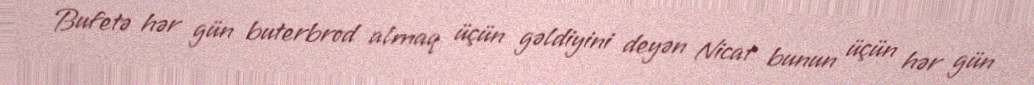
Bufetə hər gün buterbrod almaq üçün gəldiyini deyən Nicat bunun üçün hər gün